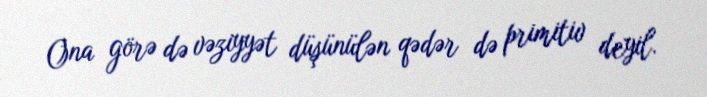
Ona görə də vəziyyət düşünülən qədər də primitiv deyil.